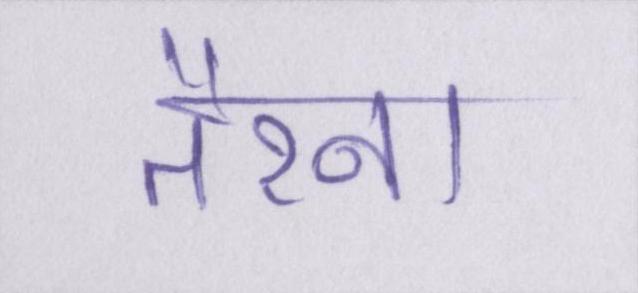
तैरना